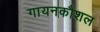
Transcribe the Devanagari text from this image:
गायनकौशल